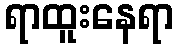
ရာထူးနေရာ